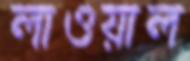
লাওয়াল